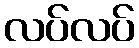
လပ်လပ်